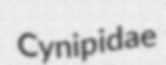
Cynipidae